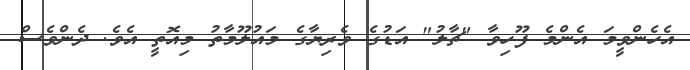
އެހެންވީމަ އެންމެ ފޫހިވާ "ޗާލު" އަޑުގެ ވެރިޔާގެ މައުލޫމާތު މިއޮތީ އެވެ. ދެންވެސް